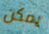
يمكن